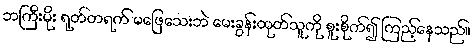
ဘကြီးမိုး ရုတ်တရက် မဖြေသေးဘဲ မေးခွန်းထုတ်သူကို စူးစိုက်၍ ကြည့်နေသည်။